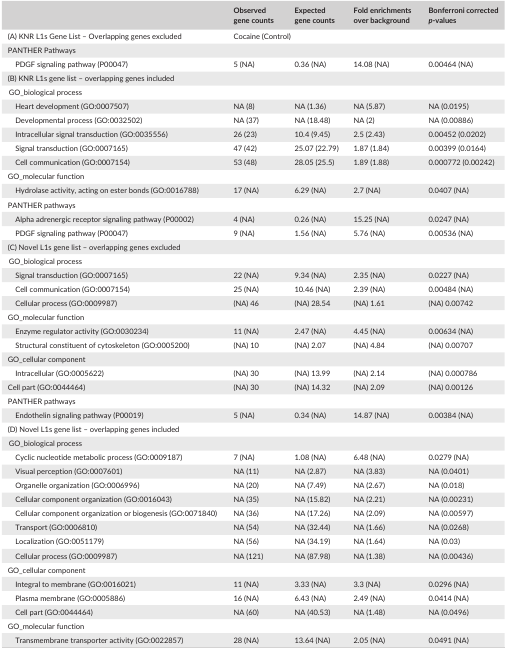
<table><thead><tr><td></td><td><b>Observed gene counts</b></td><td><b>Expected gene counts</b></td><td><b>Fold enrichments over background</b></td><td><b>Bonferroni corrected <i>p</i>‐values</b></td></tr></thead><tbody><tr><td>(A) KNR L1s Gene List – Overlapping genes excluded</td><td colspan="4">Cocaine (Control)</td></tr><tr><td>PANTHER Pathways</td><td colspan="4"></td></tr><tr><td>PDGF signaling pathway (P00047)</td><td>5 (NA)</td><td>0.36 (NA)</td><td>14.08 (NA)</td><td>0.00464 (NA)</td></tr><tr><td colspan="5">(B) KNR L1s gene list – overlapping genes included</td></tr><tr><td colspan="5">GO_biological process</td></tr><tr><td>Heart development (GO:0007507)</td><td>NA (8)</td><td>NA (1.36)</td><td>NA (5.87)</td><td>NA (0.0195)</td></tr><tr><td>Developmental process (GO:0032502)</td><td>NA (37)</td><td>NA (18.48)</td><td>NA (2)</td><td>NA (0.00886)</td></tr><tr><td>Intracellular signal transduction (GO:0035556)</td><td>26 (23)</td><td>10.4 (9.45)</td><td>2.5 (2.43)</td><td>0.00452 (0.0202)</td></tr><tr><td>Signal transduction (GO:0007165)</td><td>47 (42)</td><td>25.07 (22.79)</td><td>1.87 (1.84)</td><td>0.00399 (0.0164)</td></tr><tr><td>Cell communication (GO:0007154)</td><td>53 (48)</td><td>28.05 (25.5)</td><td>1.89 (1.88)</td><td>0.000772 (0.00242)</td></tr><tr><td colspan="5">GO_molecular function</td></tr><tr><td>Hydrolase activity, acting on ester bonds (GO:0016788)</td><td>17 (NA)</td><td>6.29 (NA)</td><td>2.7 (NA)</td><td>0.0407 (NA)</td></tr><tr><td colspan="5">PANTHER pathways</td></tr><tr><td>Alpha adrenergic receptor signaling pathway (P00002)</td><td>4 (NA)</td><td>0.26 (NA)</td><td>15.25 (NA)</td><td>0.0247 (NA)</td></tr><tr><td>PDGF signaling pathway (P00047)</td><td>9 (NA)</td><td>1.56 (NA)</td><td>5.76 (NA)</td><td>0.00536 (NA)</td></tr><tr><td colspan="5">(C) Novel L1s gene list – overlapping genes excluded</td></tr><tr><td colspan="5">GO_biological process</td></tr><tr><td>Signal transduction (GO:0007165)</td><td>22 (NA)</td><td>9.34 (NA)</td><td>2.35 (NA)</td><td>0.0227 (NA)</td></tr><tr><td>Cell communication (GO:0007154)</td><td>25 (NA)</td><td>10.46 (NA)</td><td>2.39 (NA)</td><td>0.00484 (NA)</td></tr><tr><td>Cellular process (GO:0009987)</td><td>(NA) 46</td><td>(NA) 28.54</td><td>(NA) 1.61</td><td>(NA) 0.00742</td></tr><tr><td colspan="5">GO_molecular function</td></tr><tr><td>Enzyme regulator activity (GO:0030234)</td><td>11 (NA)</td><td>2.47 (NA)</td><td>4.45 (NA)</td><td>0.00634 (NA)</td></tr><tr><td>Structural constituent of cytoskeleton (GO:0005200)</td><td>(NA) 10</td><td>(NA) 2.07</td><td>(NA) 4.84</td><td>(NA) 0.00707</td></tr><tr><td colspan="5">GO_cellular component</td></tr><tr><td>Intracellular (GO:0005622)</td><td>(NA) 30</td><td>(NA) 13.99</td><td>(NA) 2.14</td><td>(NA) 0.000786</td></tr><tr><td>Cell part (GO:0044464)</td><td>(NA) 30</td><td>(NA) 14.32</td><td>(NA) 2.09</td><td>(NA) 0.00126</td></tr><tr><td colspan="5">PANTHER pathways</td></tr><tr><td>Endothelin signaling pathway (P00019)</td><td>5 (NA)</td><td>0.34 (NA)</td><td>14.87 (NA)</td><td>0.00384 (NA)</td></tr><tr><td colspan="5">(D) Novel L1s gene list – overlapping genes included</td></tr><tr><td colspan="5">GO_biological process</td></tr><tr><td>Cyclic nucleotide metabolic process (GO:0009187)</td><td>7 (NA)</td><td>1.08 (NA)</td><td>6.48 (NA)</td><td>0.0279 (NA)</td></tr><tr><td>Visual perception (GO:0007601)</td><td>NA (11)</td><td>NA (2.87)</td><td>NA (3.83)</td><td>NA (0.0401)</td></tr><tr><td>Organelle organization (GO:0006996)</td><td>NA (20)</td><td>NA (7.49)</td><td>NA (2.67)</td><td>NA (0.018)</td></tr><tr><td>Cellular component organization (GO:0016043)</td><td>NA (35)</td><td>NA (15.82)</td><td>NA (2.21)</td><td>NA (0.00231)</td></tr><tr><td>Cellular component organization or biogenesis (GO:0071840)</td><td>NA (36)</td><td>NA (17.26)</td><td>NA (2.09)</td><td>NA (0.00597)</td></tr><tr><td>Transport (GO:0006810)</td><td>NA (54)</td><td>NA (32.44)</td><td>NA (1.66)</td><td>NA (0.0268)</td></tr><tr><td>Localization (GO:0051179)</td><td>NA (56)</td><td>NA (34.19)</td><td>NA (1.64)</td><td>NA (0.03)</td></tr><tr><td>Cellular process (GO:0009987)</td><td>NA (121)</td><td>NA (87.98)</td><td>NA (1.38)</td><td>NA (0.00436)</td></tr><tr><td colspan="5">GO_cellular component</td></tr><tr><td>Integral to membrane (GO:0016021)</td><td>11 (NA)</td><td>3.33 (NA)</td><td>3.3 (NA)</td><td>0.0296 (NA)</td></tr><tr><td>Plasma membrane (GO:0005886)</td><td>16 (NA)</td><td>6.43 (NA)</td><td>2.49 (NA)</td><td>0.0414 (NA)</td></tr><tr><td>Cell part (GO:0044464)</td><td>NA (60)</td><td>NA (40.53)</td><td>NA (1.48)</td><td>NA (0.0496)</td></tr><tr><td colspan="5">GO_molecular function</td></tr><tr><td>Transmembrane transporter activity (GO:0022857)</td><td>28 (NA)</td><td>13.64 (NA)</td><td>2.05 (NA)</td><td>0.0491 (NA)</td></tr></tbody></table>